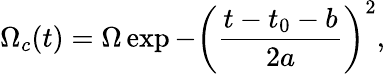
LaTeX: \Omega_{c}(t)=\Omega\exp{-\left(\frac{t-t_{0}-b}{2a}\right)^{2}},